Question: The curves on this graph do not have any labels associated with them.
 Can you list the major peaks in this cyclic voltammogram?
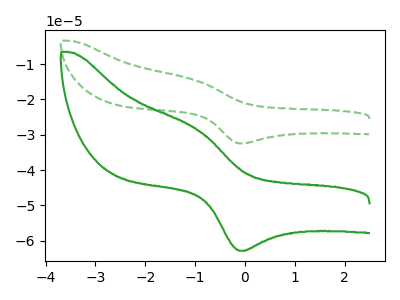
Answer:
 <answer>The green dashed curve "green dashed" has an anodic peak at (-1.00V, -14.65uA) and a cathodic peak at (-0.05V, -32.45uA). The green curve "green" has an anodic peak at (-1.00V, -28.40uA) and a cathodic peak at (-0.05V, -62.85uA).</answer>
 <eval></eval>